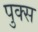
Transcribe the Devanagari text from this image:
पुक्स